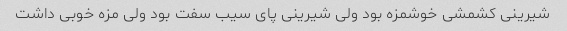
شیرینی کشمشی خوشمزه بود ولی شیرینی پای سیب سفت بود ولی مزه خوبی داشت